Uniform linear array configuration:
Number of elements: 4
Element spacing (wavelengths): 1
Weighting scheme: binomial
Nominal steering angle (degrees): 15
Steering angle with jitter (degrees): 13.114
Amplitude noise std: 0.05
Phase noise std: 0.05

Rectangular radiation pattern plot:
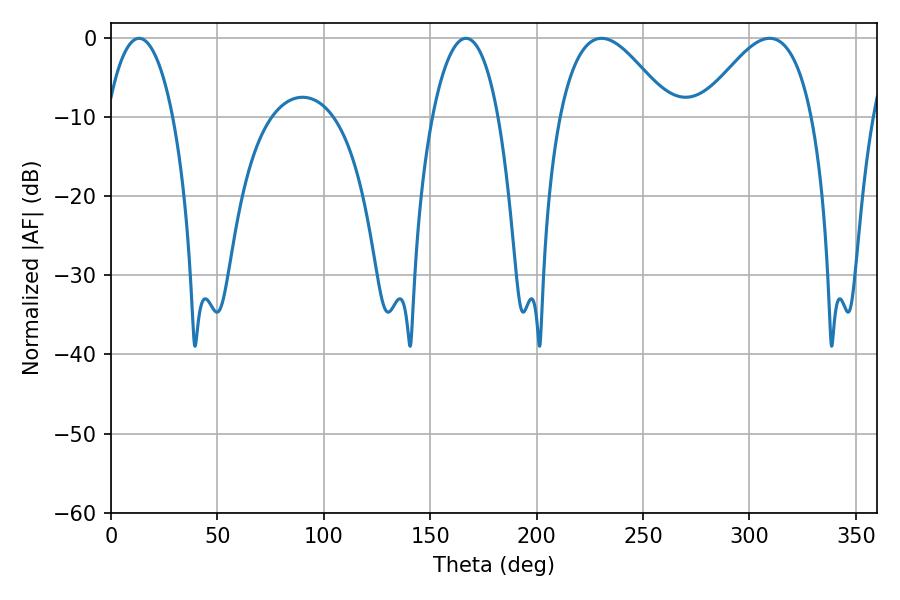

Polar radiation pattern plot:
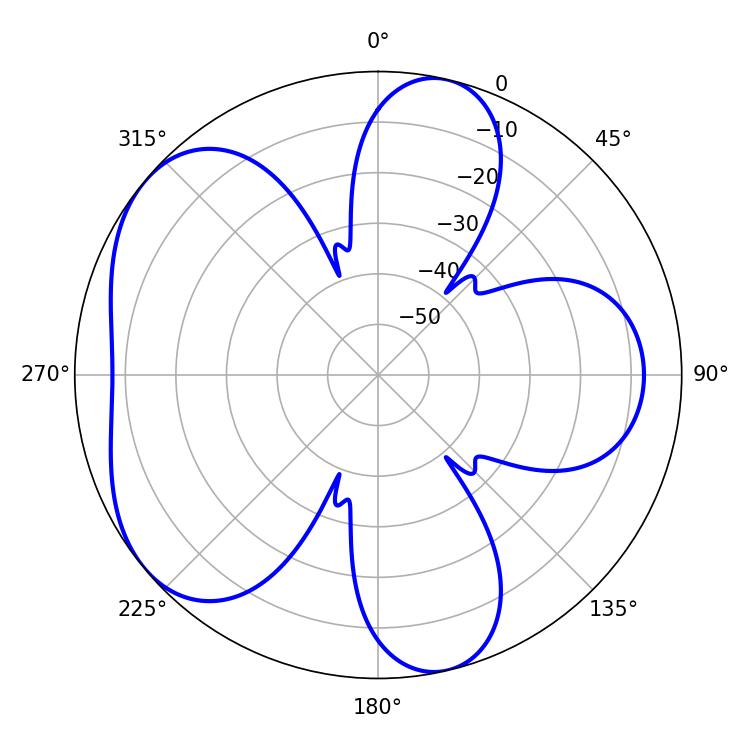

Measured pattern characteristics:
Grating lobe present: TRUE
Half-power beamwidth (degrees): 28.26
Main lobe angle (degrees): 230.58